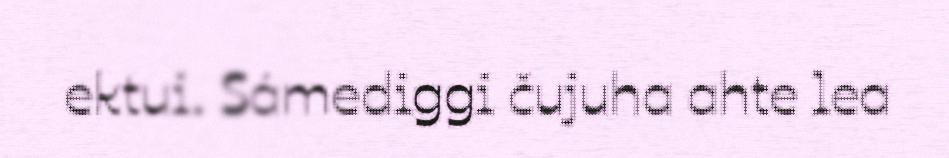
ektui. Sámediggi čujuha ahte lea